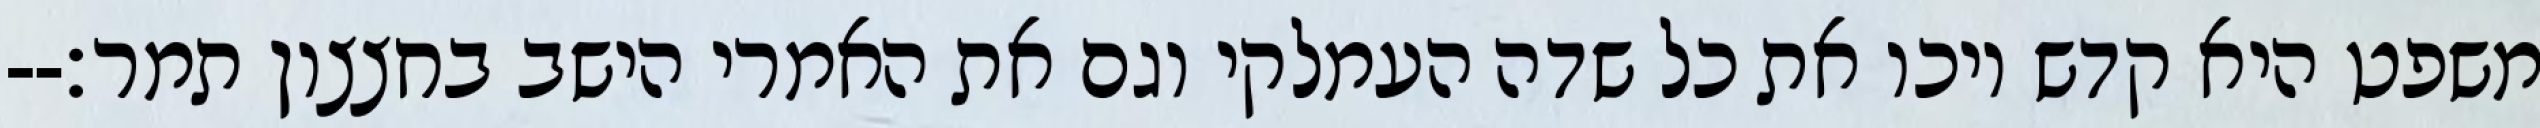
משפט היא קדש ויכו את כל שדה העמלקי וגם את האמרי הישב בחצצון תמר׃--